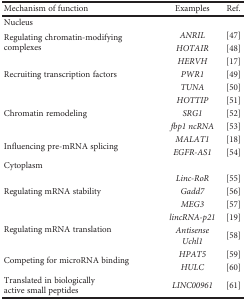
<table><thead><tr><td><b>Mechanism of function</b></td><td><b>Examples</b></td><td><b>Ref.</b></td></tr></thead><tbody><tr><td colspan="3">Nucleus</td></tr><tr><td rowspan="2">Regulating chromatin-modifying complexes</td><td><i>ANRIL</i></td><td>[47]</td></tr><tr><td><i>HOTAIR</i></td><td>[48]</td></tr><tr><td rowspan="3">Recruiting transcription factors</td><td><i>HERVH</i></td><td>[17]</td></tr><tr><td><i>PWR1</i></td><td>[49]</td></tr><tr><td><i>TUNA</i></td><td>[50]</td></tr><tr><td rowspan="3">Chromatin remodeling</td><td><i>HOTTIP</i></td><td>[51]</td></tr><tr><td><i>SRG1</i></td><td>[52]</td></tr><tr><td><i>fbp1 ncRNA</i></td><td>[53]</td></tr><tr><td rowspan="2">Influencing pre-mRNA splicing</td><td><i>MALAT1</i></td><td>[18]</td></tr><tr><td><i>EGFR-AS1</i></td><td>[54]</td></tr><tr><td colspan="3">Cytoplasm</td></tr><tr><td rowspan="3">Regulating mRNA stability</td><td><i>Linc-RoR</i></td><td>[55]</td></tr><tr><td><i>Gadd7</i></td><td>[56]</td></tr><tr><td><i>MEG3</i></td><td>[57]</td></tr><tr><td rowspan="2">Regulating mRNA translation</td><td><i>lincRNA-p21</i></td><td>[19]</td></tr><tr><td><i>Antisense Uchl1</i></td><td>[58]</td></tr><tr><td rowspan="2">Competing for microRNA binding</td><td><i>HPAT5</i></td><td>[59]</td></tr><tr><td><i>HULC</i></td><td>[60]</td></tr><tr><td>Translated in biologically active small peptides</td><td><i>LINC00961</i></td><td>[61]</td></tr></tbody></table>